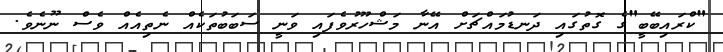
"ކްރައިބޭބީ"ގެ ގޮތުގައި ދަނޑުމައްޗަށް އޭނާ މަޝްހޫރުވެފައި ވަނީ ސަބަބުތަކެއް ނެތިއެއް ވެސް ނޫނެވެ.